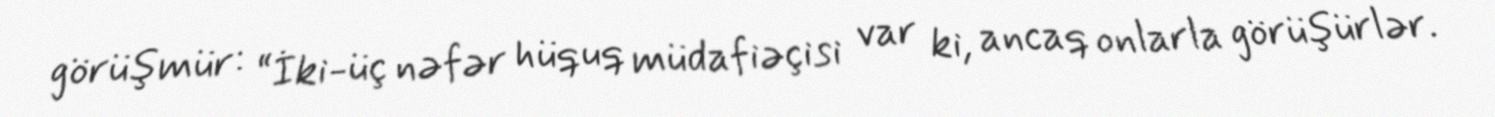
görüşmür: “İki-üç nəfər hüquq müdafiəçisi var ki, ancaq onlarla görüşürlər.